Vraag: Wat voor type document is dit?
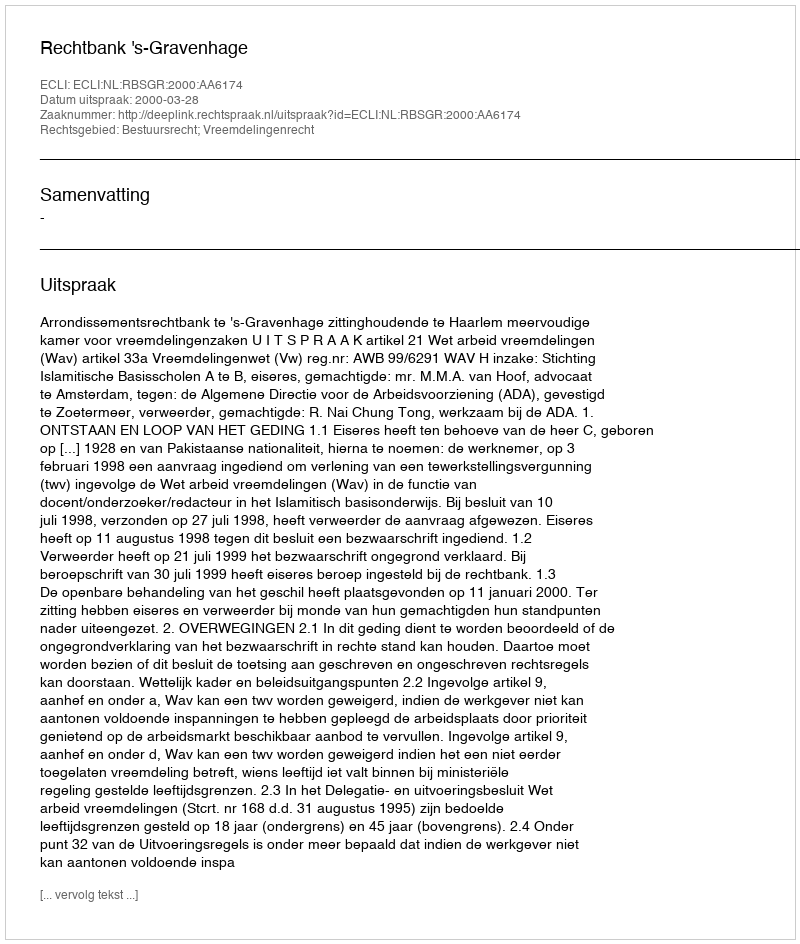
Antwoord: Uitspraak